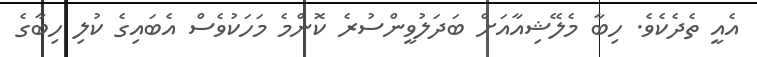
އެއީ ތެދެކެވެ. ހިބާ މެލޭޝިއާއަށް ބަދަލުވީންސުރެ ކޮންމެ މަހަކުވެސް އެބައިގެ ކުލި ހިބާގެ